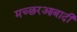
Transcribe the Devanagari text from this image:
मच्छरआबादी